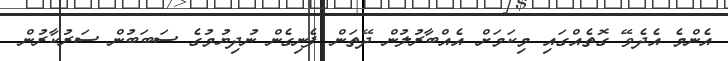
އެންމެ އެދެވޭ ގޮތެއްގައި މިކަމަށް އެއްބާރުލުން ދޭތަން ފެނިގެން ނުދިޔުމުގެ ސަބަބުން ސަރުކާރުން